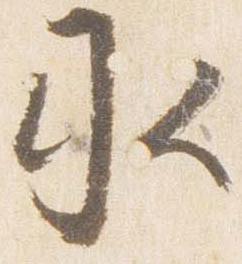
水